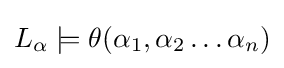
L_{\alpha }\models \theta (\alpha _{1},\alpha _{2}\ldots \alpha _{n})